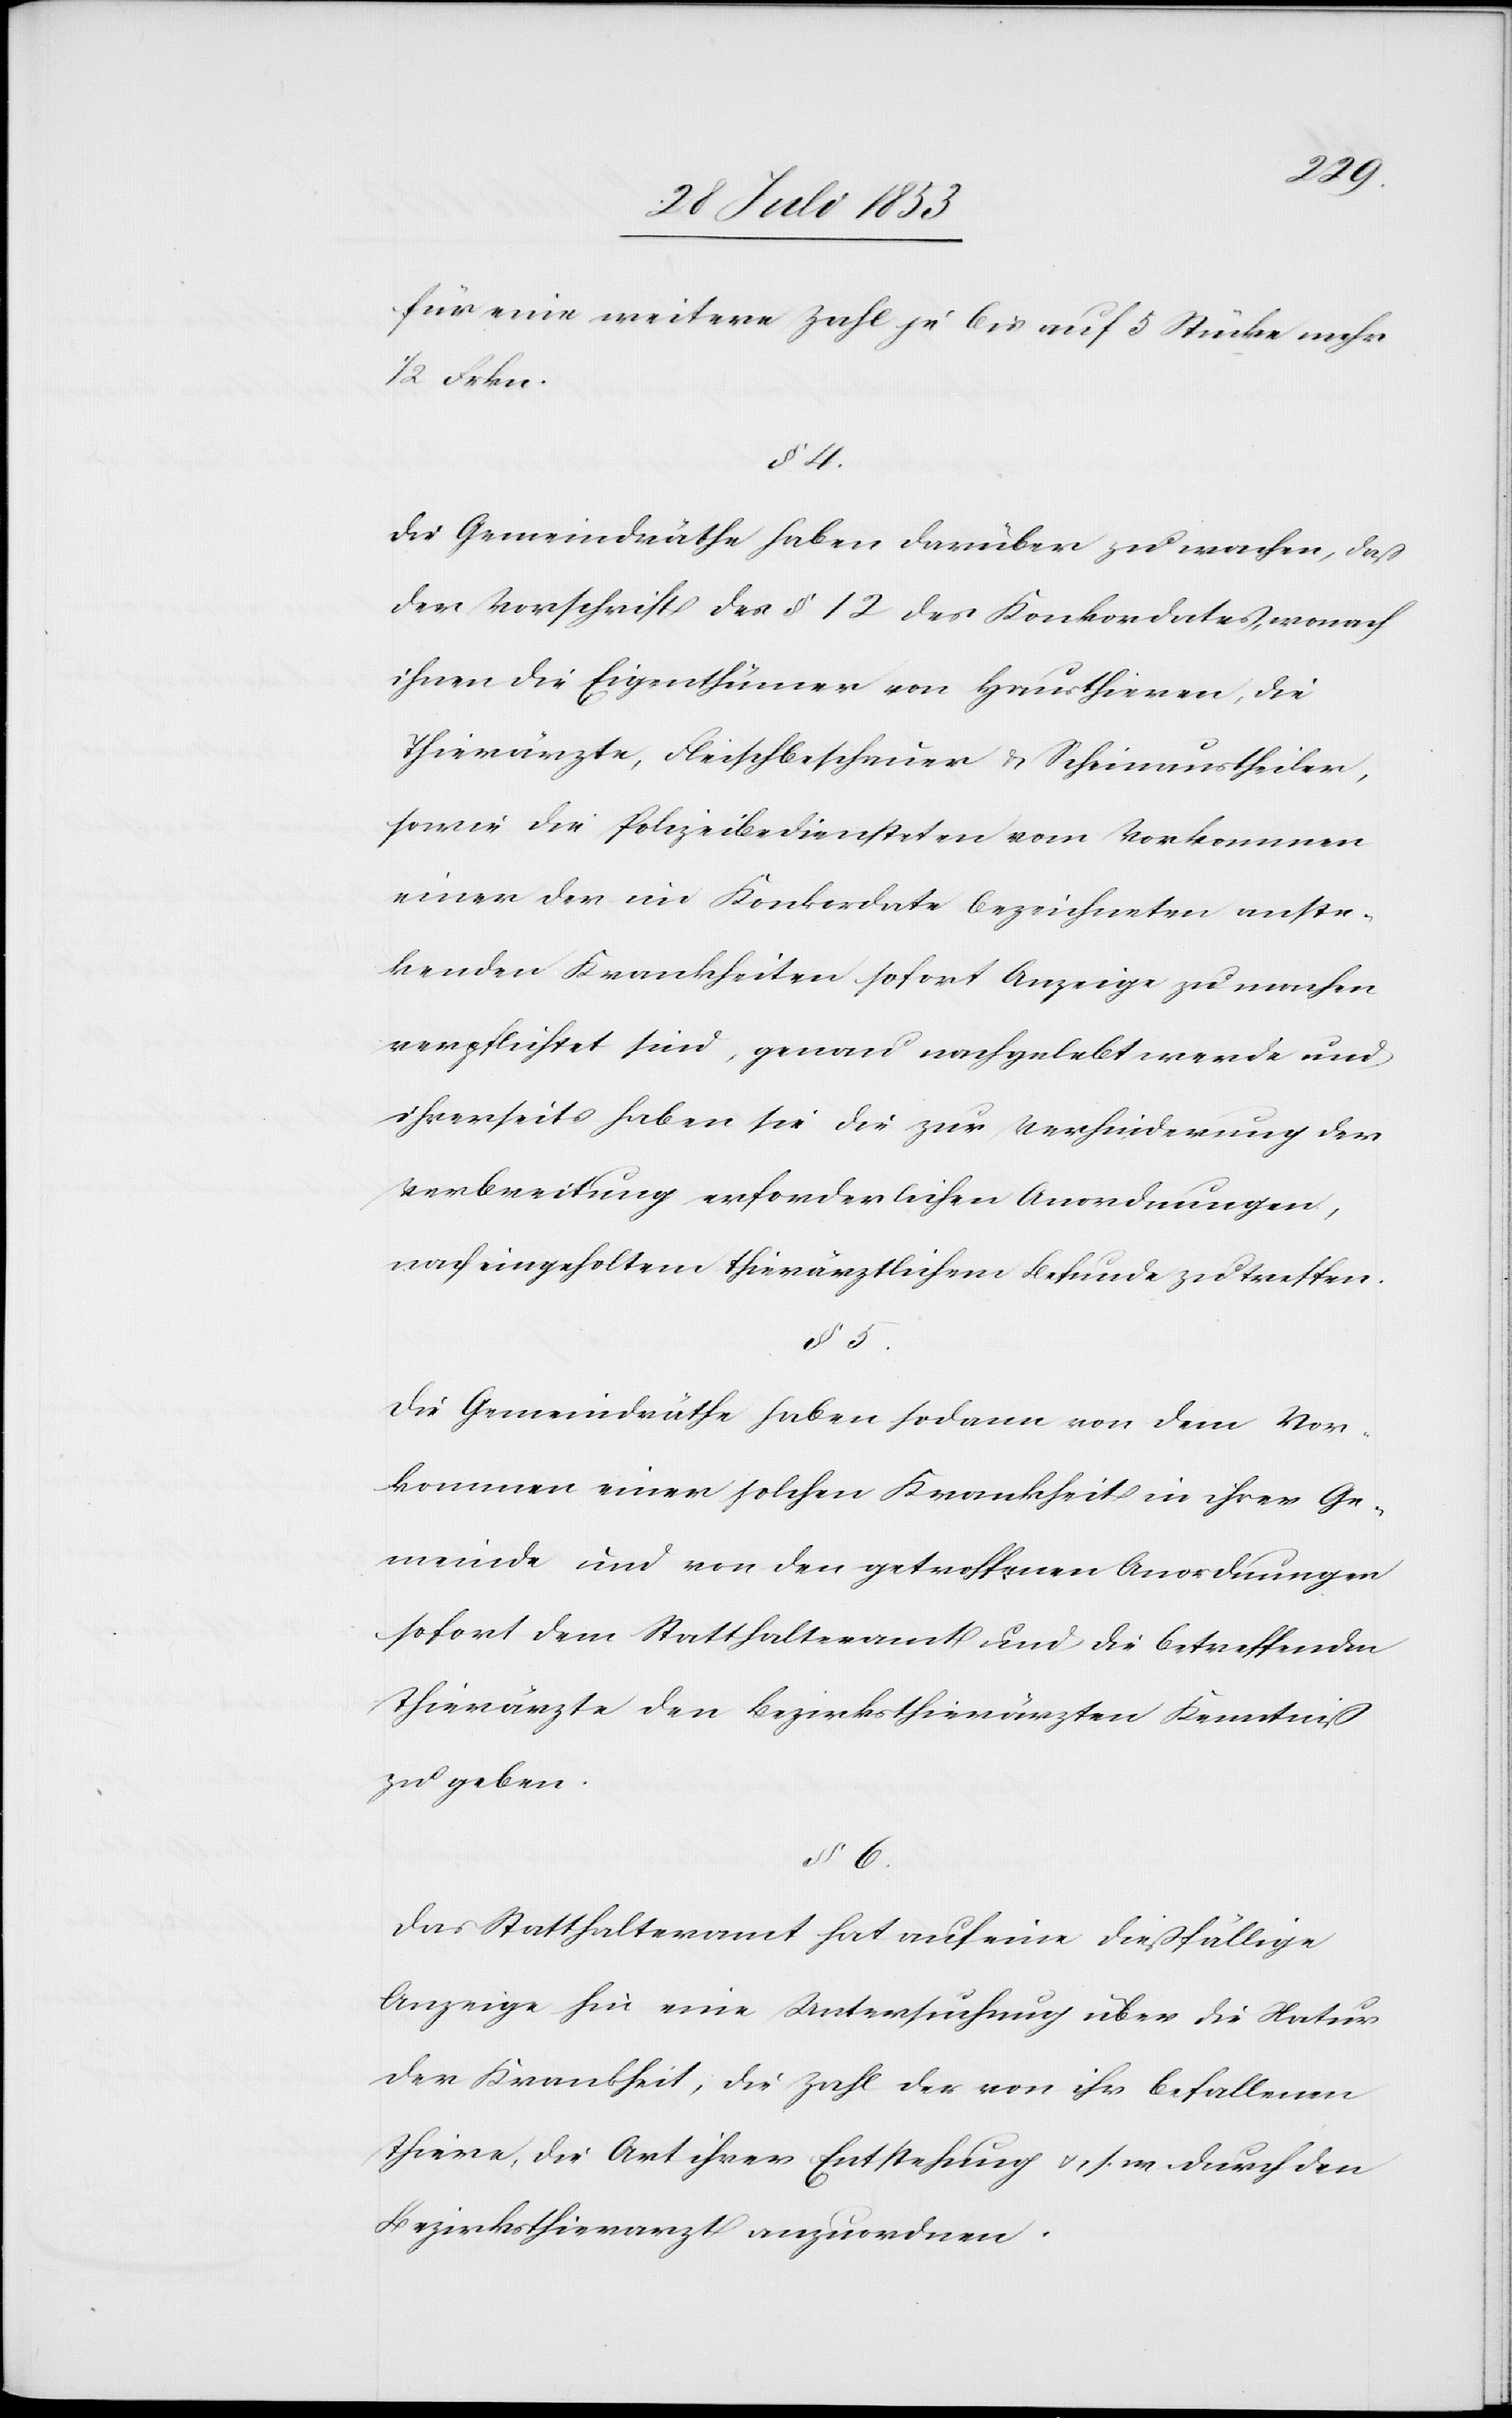
für eine weitere Zahl je bis auf 5 Stücke mehr
1/2 Frkn.
§ 4.
Die Gemeindräthe haben darüber zu wachen, daß
der Vorschrift des § 12 des Konkordates, wonach
ihnen die Eigenthümer von Hausthieren, die
Thierärzte, Fleischbeschauer u. Scheinaustheiler,
sowie die Polizeibediensteten vom Vorkommen
einer der im Konkordate bezeichneten anstec¬
kenden Krankheiten sofort Anzeige zu machen
verpflichtet sind, genau nachgelebt werde und
ihrerseits haben sie die zur Verhinderung der
Verbreitung erforderlichen Anordnungen,
nach eingeholtem thierärztlichem Befunde zu treffen.
§ 5.
Die Gemeindräthe haben sodann von dem Vor¬
kommen einer solchen Krankheit in ihrer Ge¬
meinde und von den getroffenen Anordnungen
sofort dem Statthalteramt und die betreffenden
Thierärzte den Bezirksthierärzten Kenntniß
zu geben.
§ 6.
Das Statthalteramt hat auf eine dießfällige
Anzeige hin eine Untersuchung über die Natur
der Krankheit, die Zahl der von ihr befallenen
Thiere, die Art ihrer Entstehung u. s. w. durch den
Bezirksthierarzt anzuordnen.